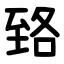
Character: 臵